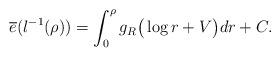
LaTeX: \begin{align*}\overline{e}(l^{-1}(\rho))=\int_{0}^{\rho}g_{R}\big(\log r+V\big)dr+C.\end{align*}